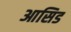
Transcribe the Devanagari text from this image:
आसिड